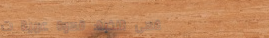
مقهى النخبة: قهوة عربية ت